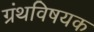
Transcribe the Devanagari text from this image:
ग्रंथविषयक